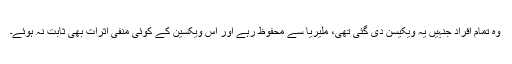
وہ تمام افراد جنہیں یہ ویکیسن دی گئی تھی، ملیریا سے محفوظ رہے اور اس ویکسین کے کوئی منفی اثرات بھی ثابت نہ ہوئے۔